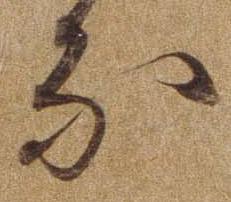
な